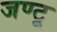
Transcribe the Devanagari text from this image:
जण्टू